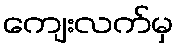
ကျေးလက်မှ